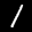
Label: 1